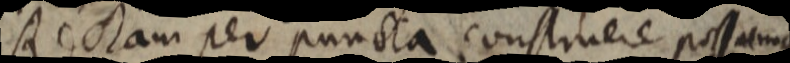
Rectam per puncta construere possamus